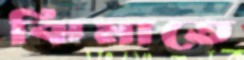
ঝিমাতে